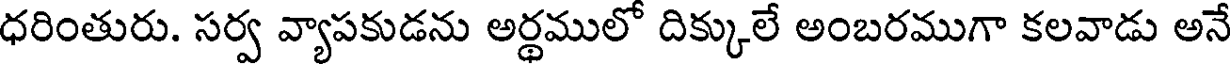
ధరింతురు. సర్వ వ్యాపకుడను అర్థములో దిక్కులే అంబరముగా కలవాడు అనే